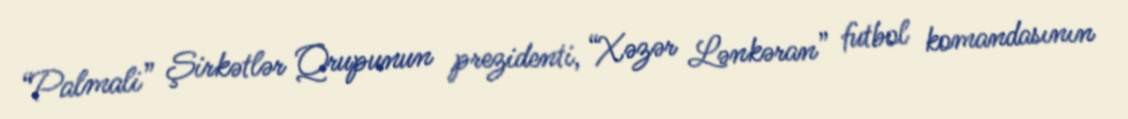
“Palmali” Şirkətlər Qrupunun prezidenti, “Xəzər Lənkəran” futbol komandasının